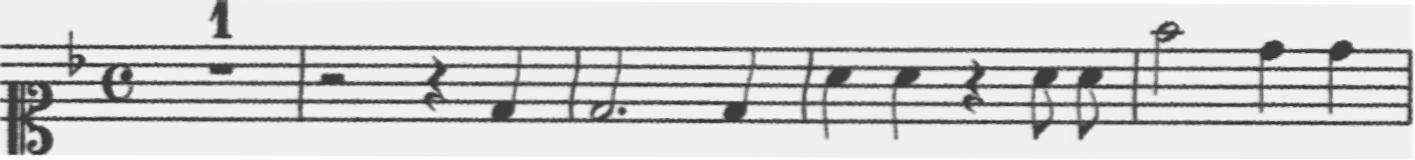
Transcription: clef-C1 keySignature-FM timeSignature-C multirest-1 barline rest-half rest-quarter note-D4_quarter barline note-D4_half. note-D4_quarter barline note-A4_quarter note-A4_quarter rest-quarter note-A4_eighth note-A4_eighth barline note-F5_half note-D5_quarter note-D5_quarter barline